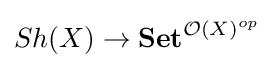
Sh(X)\to \mathbf {Set} ^{{\mathcal {O}}(X)^{op}}